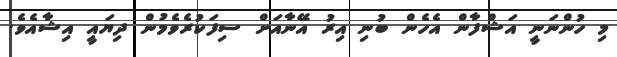
މި ހުންނަނީ އަޝްފާން އެހެން ބުނި އިރު އޭނާއަށް ސިފަކުރެވެމުން ދިޔައީ އިޝާއެވެ.